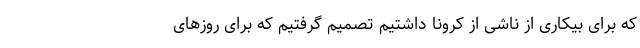
که برای بیکاری از ناشی از کرونا داشتیم تصمیم گرفتیم که برای روزهای